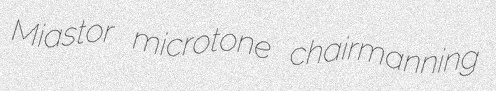
Miastor microtone chairmanning